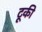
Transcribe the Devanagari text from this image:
टूकी